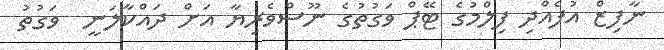
ނާފިޒް އުފެއްދި ފިލްމުގެ ޓޭޕް ވަގުތުގެ ނޫސްވެރިޔާ އަށް ދައްކާލަނީ  ވަގުތު